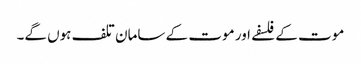
موت کے فلسفے اور موت کے سامان تلف ہوں گے۔